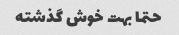
حتما بهت خوش گذشته